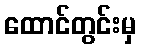
ထောင်တွင်းမှ